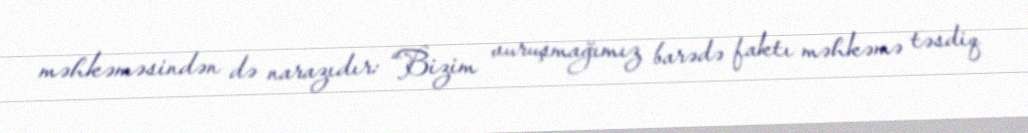
məhkəməsindən də narazıdır: “Bizim vuruşmağımız barədə faktı məhkəmə təsdiq